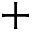
+